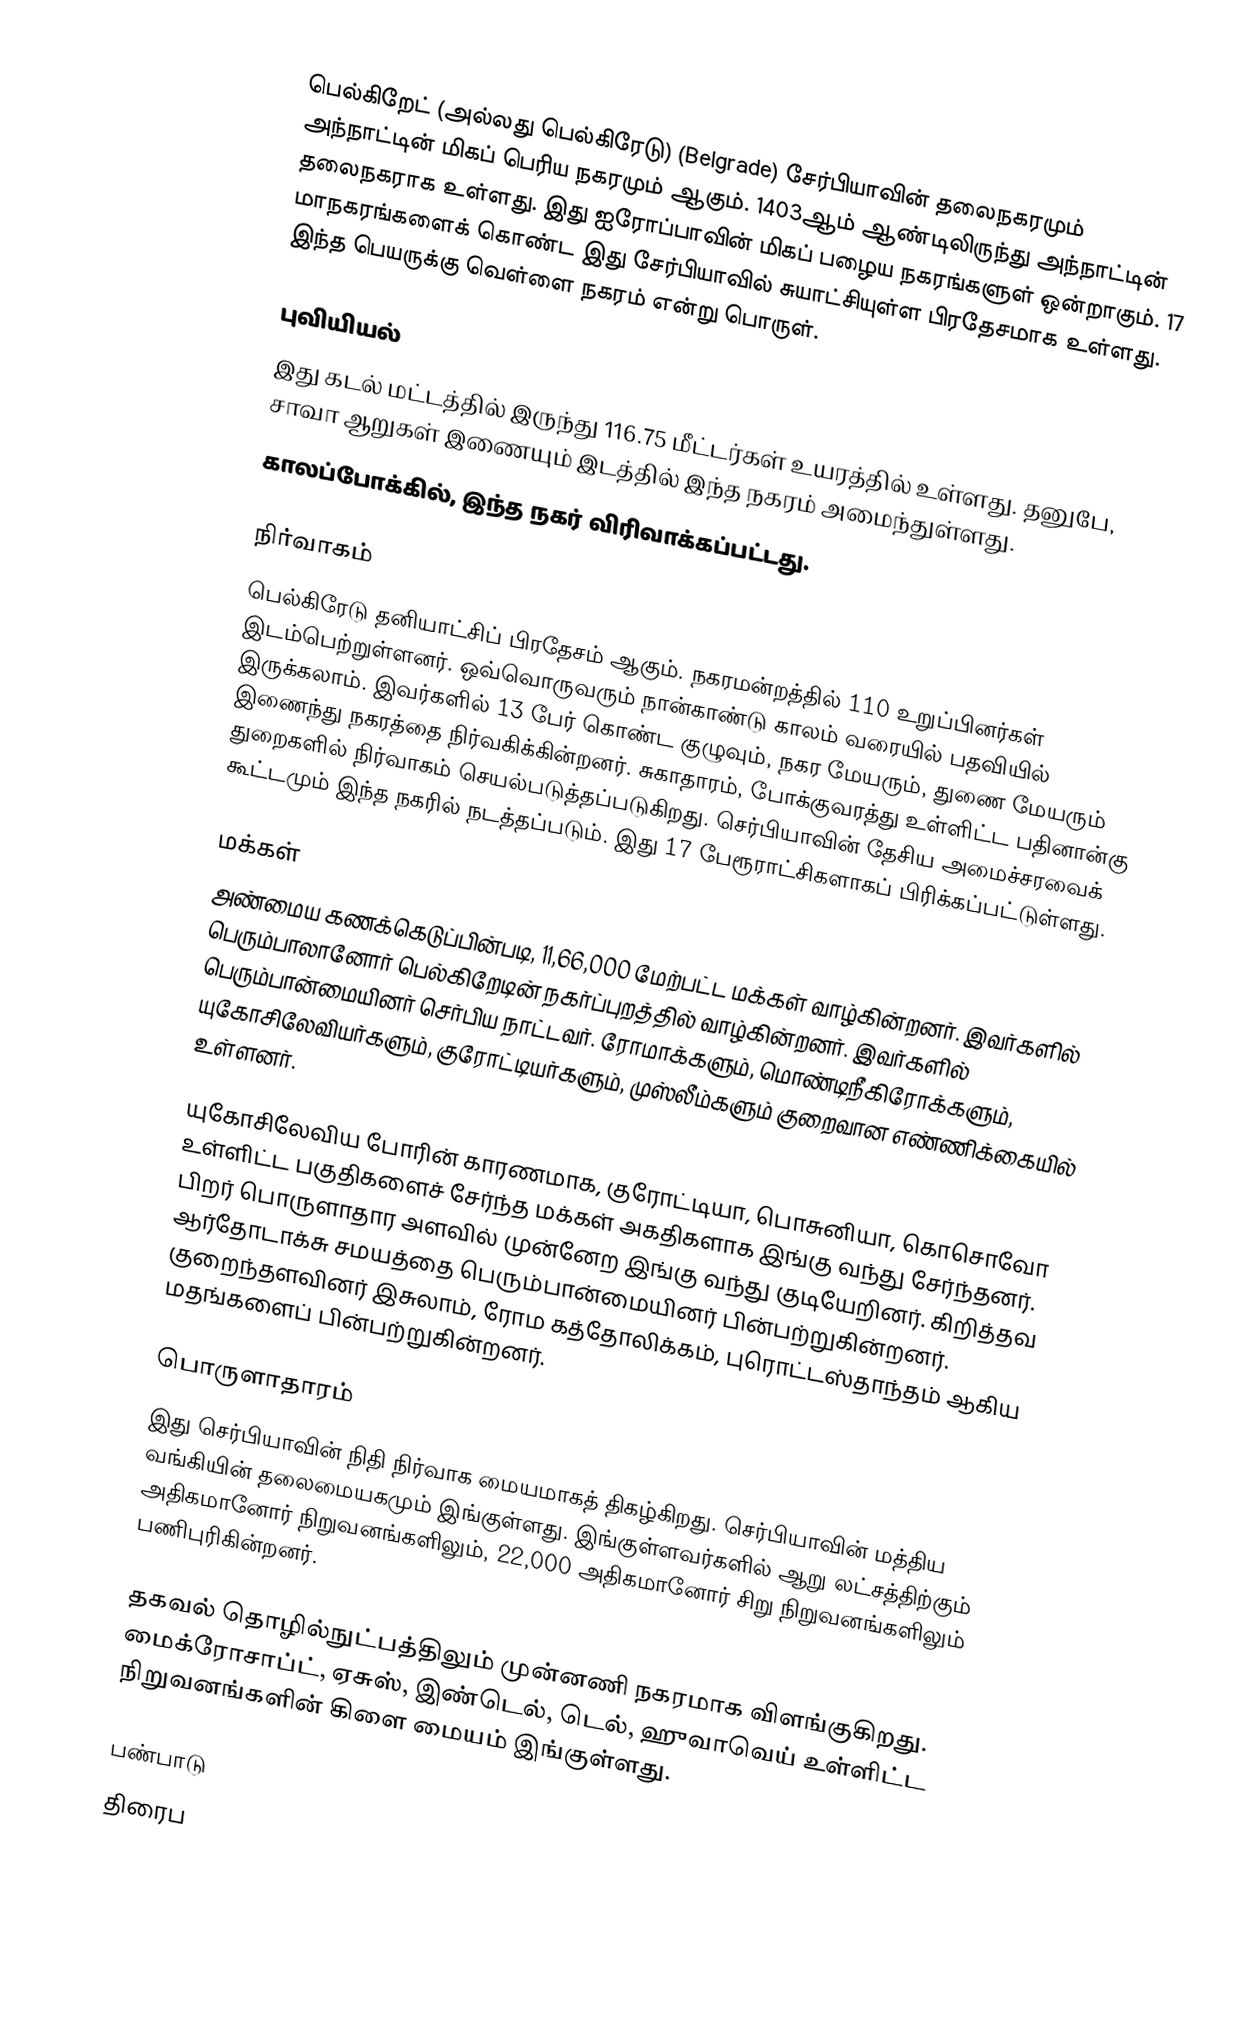
பெல்கிறேட் (அல்லது பெல்கிரேடு) (Belgrade) சேர்பியாவின் தலைநகரமும் அந்நாட்டின் மிகப் பெரிய நகரமும் ஆகும். 1403ஆம் ஆண்டிலிருந்து அந்நாட்டின் தலைநகராக உள்ளது. இது ஐரோப்பாவின் மிகப் பழைய நகரங்களுள் ஒன்றாகும். 17 மாநகரங்களைக் கொண்ட இது சேர்பியாவில் சுயாட்சியுள்ள பிரதேசமாக உள்ளது. இந்த பெயருக்கு வெள்ளை நகரம் என்று பொருள்.

புவியியல்
இது கடல் மட்டத்தில் இருந்து 116.75 மீட்டர்கள் உயரத்தில் உள்ளது. தனுபே, சாவா ஆறுகள் இணையும் இடத்தில் இந்த நகரம் அமைந்துள்ளது.
காலப்போக்கில், இந்த நகர் விரிவாக்கப்பட்டது.

நிர்வாகம்
பெல்கிரேடு தனியாட்சிப் பிரதேசம் ஆகும். நகரமன்றத்தில் 110 உறுப்பினர்கள் இடம்பெற்றுள்ளனர். ஒவ்வொருவரும் நான்காண்டு காலம் வரையில் பதவியில் இருக்கலாம். இவர்களில் 13 பேர் கொண்ட குழுவும், நகர மேயரும், துணை மேயரும் இணைந்து நகரத்தை நிர்வகிக்கின்றனர். சுகாதாரம், போக்குவரத்து உள்ளிட்ட பதினான்கு துறைகளில் நிர்வாகம் செயல்படுத்தப்படுகிறது. செர்பியாவின் தேசிய அமைச்சரவைக் கூட்டமும் இந்த நகரில் நடத்தப்படும். இது 17 பேரூராட்சிகளாகப் பிரிக்கப்பட்டுள்ளது.

மக்கள்
அண்மைய கணக்கெடுப்பின்படி, 11,66,000 மேற்பட்ட மக்கள் வாழ்கின்றனர். இவர்களில் பெரும்பாலானோர் பெல்கிறேடின் நகர்ப்புறத்தில் வாழ்கின்றனர். இவர்களில் பெரும்பான்மையினர் செர்பிய நாட்டவர். ரோமாக்களும், மொண்டிநீகிரோக்களும், யுகோசிலேவியர்களும், குரோட்டியர்களும், முஸ்லீம்களும் குறைவான எண்ணிக்கையில் உள்ளனர்.

யுகோசிலேவிய போரின் காரணமாக, குரோட்டியா, பொசுனியா, கொசொவோ உள்ளிட்ட பகுதிகளைச் சேர்ந்த மக்கள் அகதிகளாக இங்கு வந்து சேர்ந்தனர். பிறர் பொருளாதார அளவில் முன்னேற இங்கு வந்து குடியேறினர். கிறித்தவ ஆர்தோடாக்சு சமயத்தை பெரும்பான்மையினர் பின்பற்றுகின்றனர். குறைந்தளவினர் இசுலாம், ரோம கத்தோலிக்கம், புரொட்டஸ்தாந்தம் ஆகிய மதங்களைப் பின்பற்றுகின்றனர்.

பொருளாதாரம்
இது செர்பியாவின் நிதி நிர்வாக மையமாகத் திகழ்கிறது. செர்பியாவின் மத்திய வங்கியின் தலைமையகமும் இங்குள்ளது. இங்குள்ளவர்களில் ஆறு லட்சத்திற்கும் அதிகமானோர் நிறுவனங்களிலும், 22,000 அதிகமானோர் சிறு நிறுவனங்களிலும் பணிபுரிகின்றனர்.

தகவல் தொழில்நுட்பத்திலும் முன்னணி நகரமாக விளங்குகிறது. மைக்ரோசாப்ட், ஏசுஸ், இண்டெல், டெல், ஹுவாவெய் உள்ளிட்ட நிறுவனங்களின் கிளை மையம் இங்குள்ளது.

பண்பாடு
திரைப